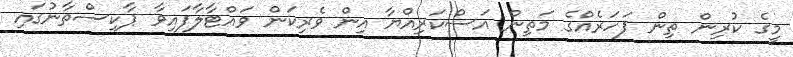
މީގެ ކުރިން ތިން ފަހަރެއްގެ މަތިން އަސްކަރިއްޔާ އިން ވެރިކަން ވައްޓާލާފައިވާ ޕާކިސްތާނުގައި